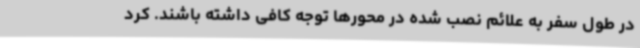
در طول سفر به علائم نصب شده در محورها توجه کافی داشته باشند. کرد